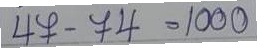
47 - 74 = 1000